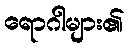
ရောဂါများ၏